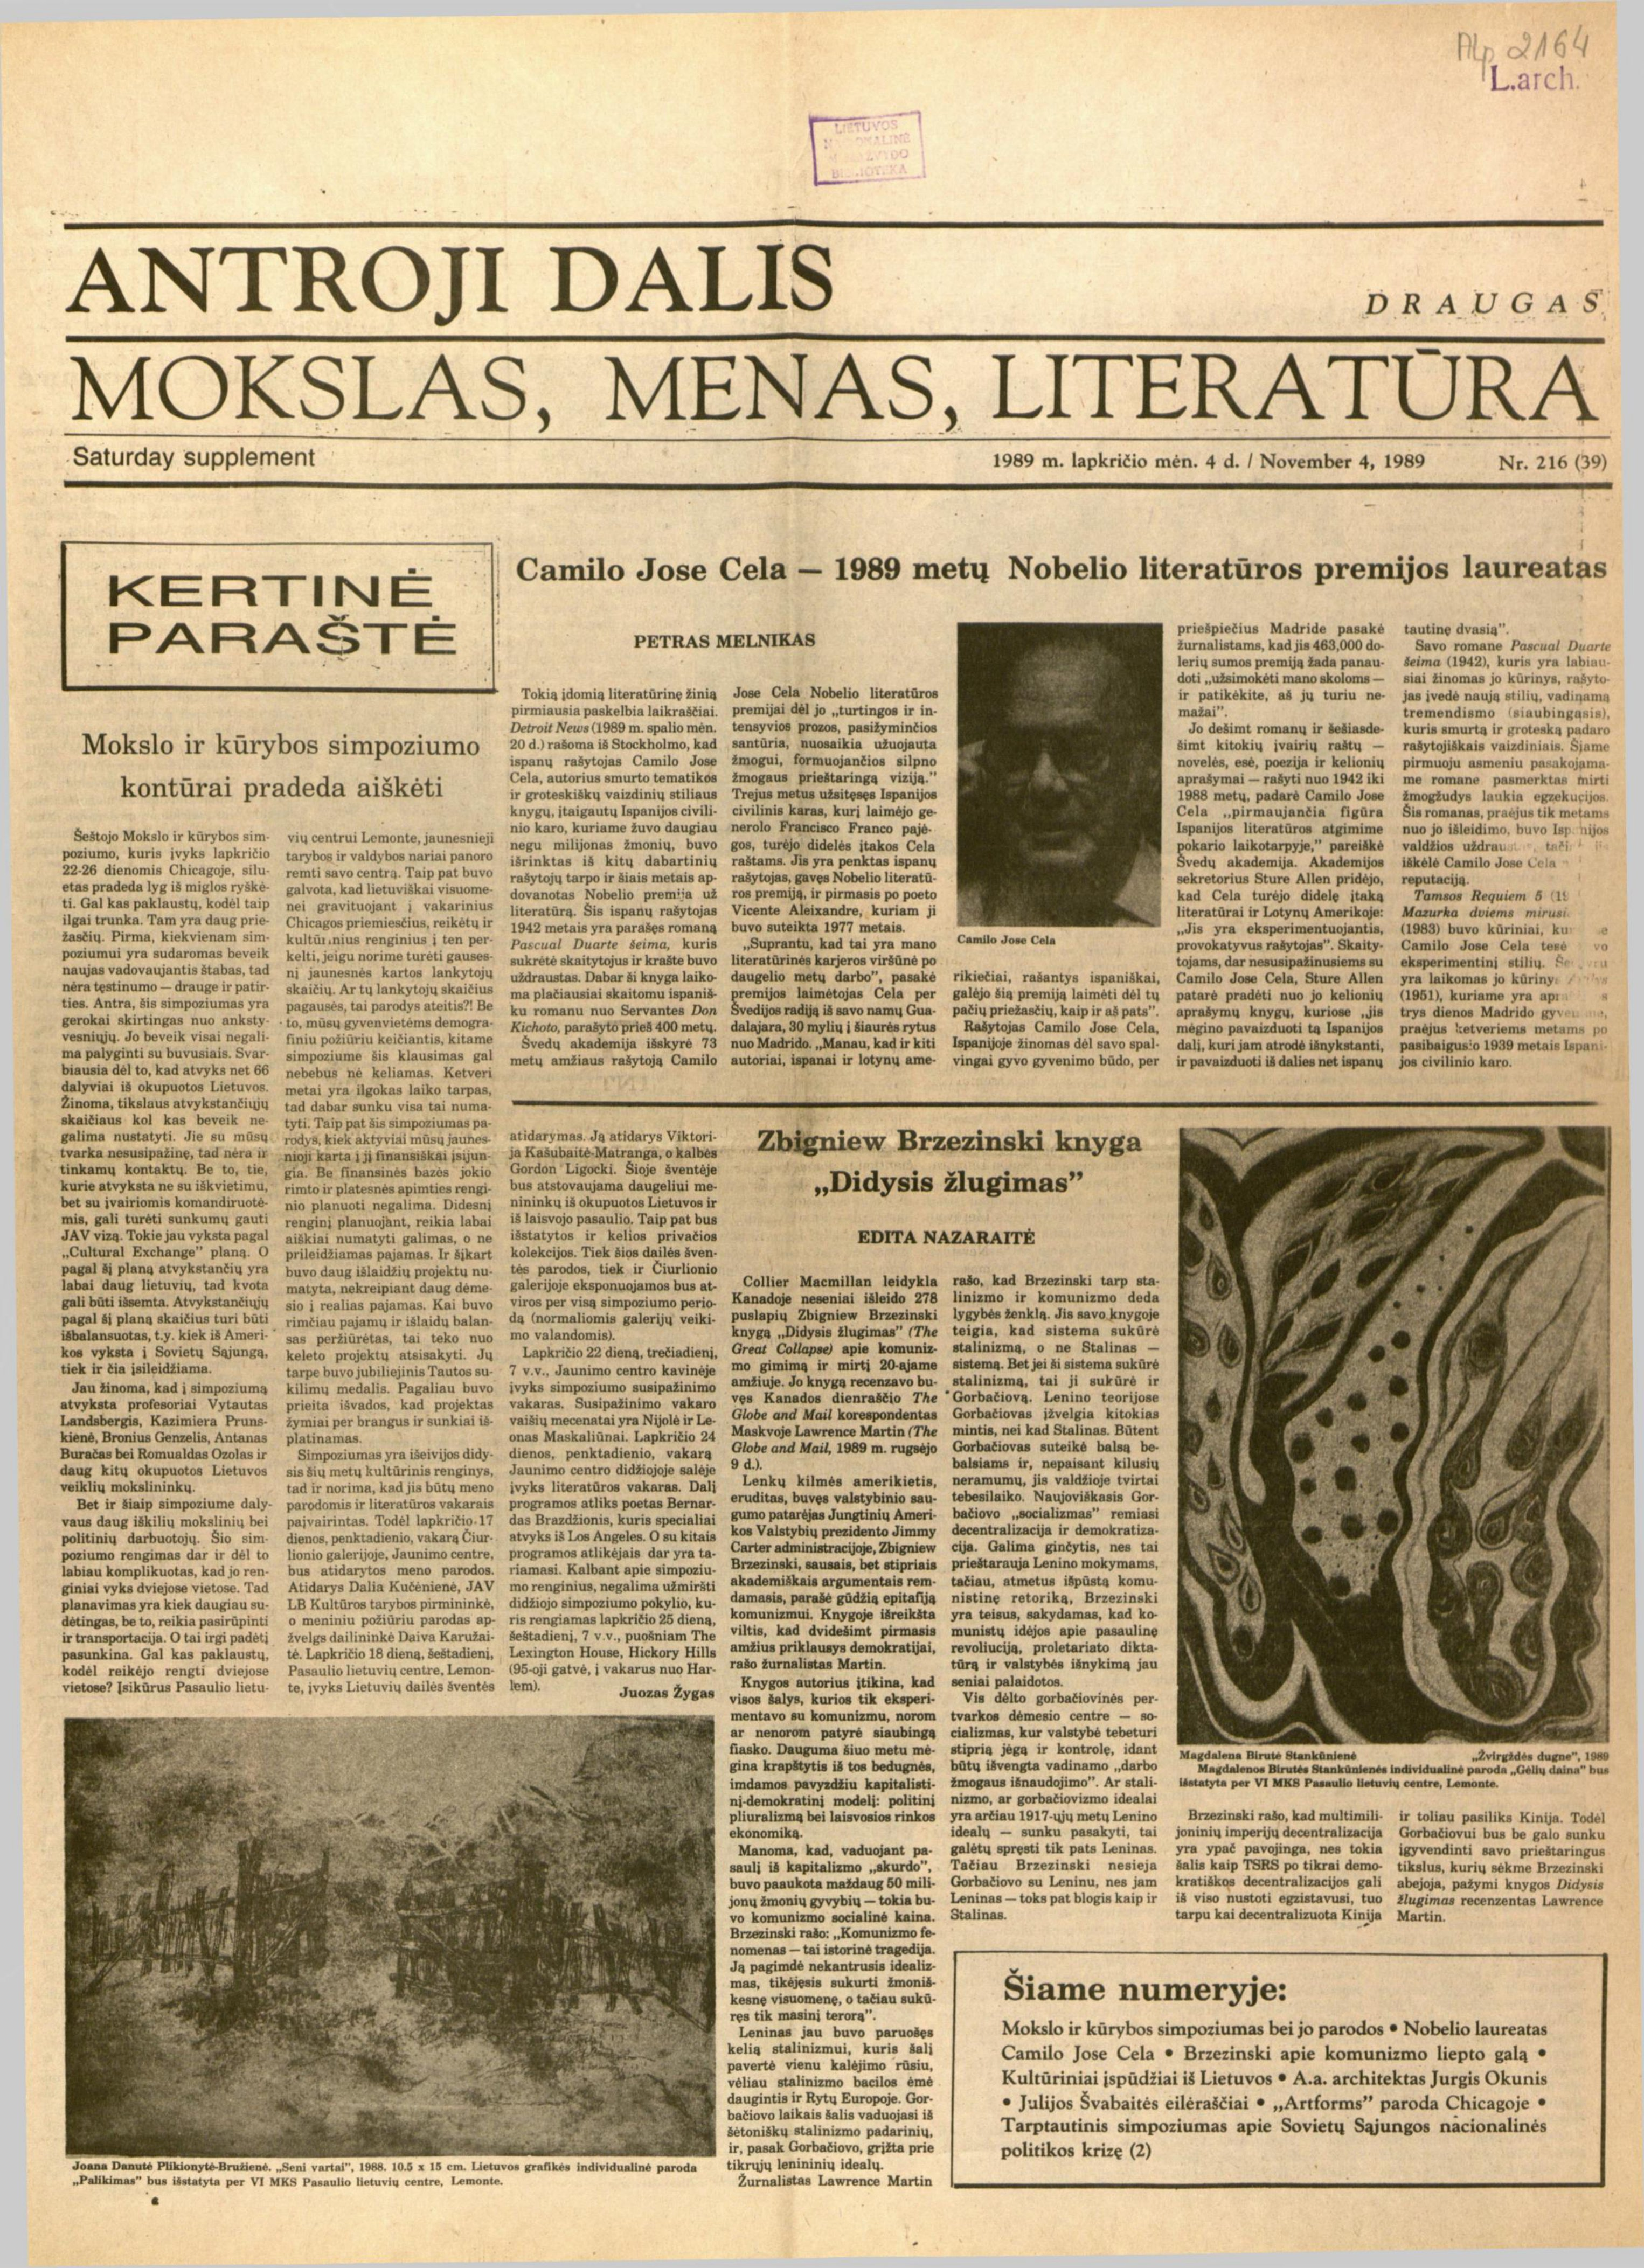
Language: lt